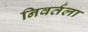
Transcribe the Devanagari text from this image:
निवर्तला